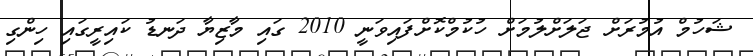
ޝަހުމް އުމުރަށް ޖަލަށްލުމަށް ހުކުމްކޮށްފައިވަނީ 2010 ގައި މާޒިޔާ ދަނޑު ކައިރީގައި ހިންގި